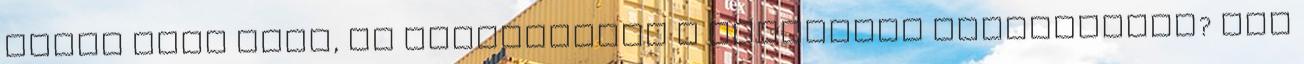
mitől lesz jobb, ha szigorítjuk a szociális ellátásokat? Van